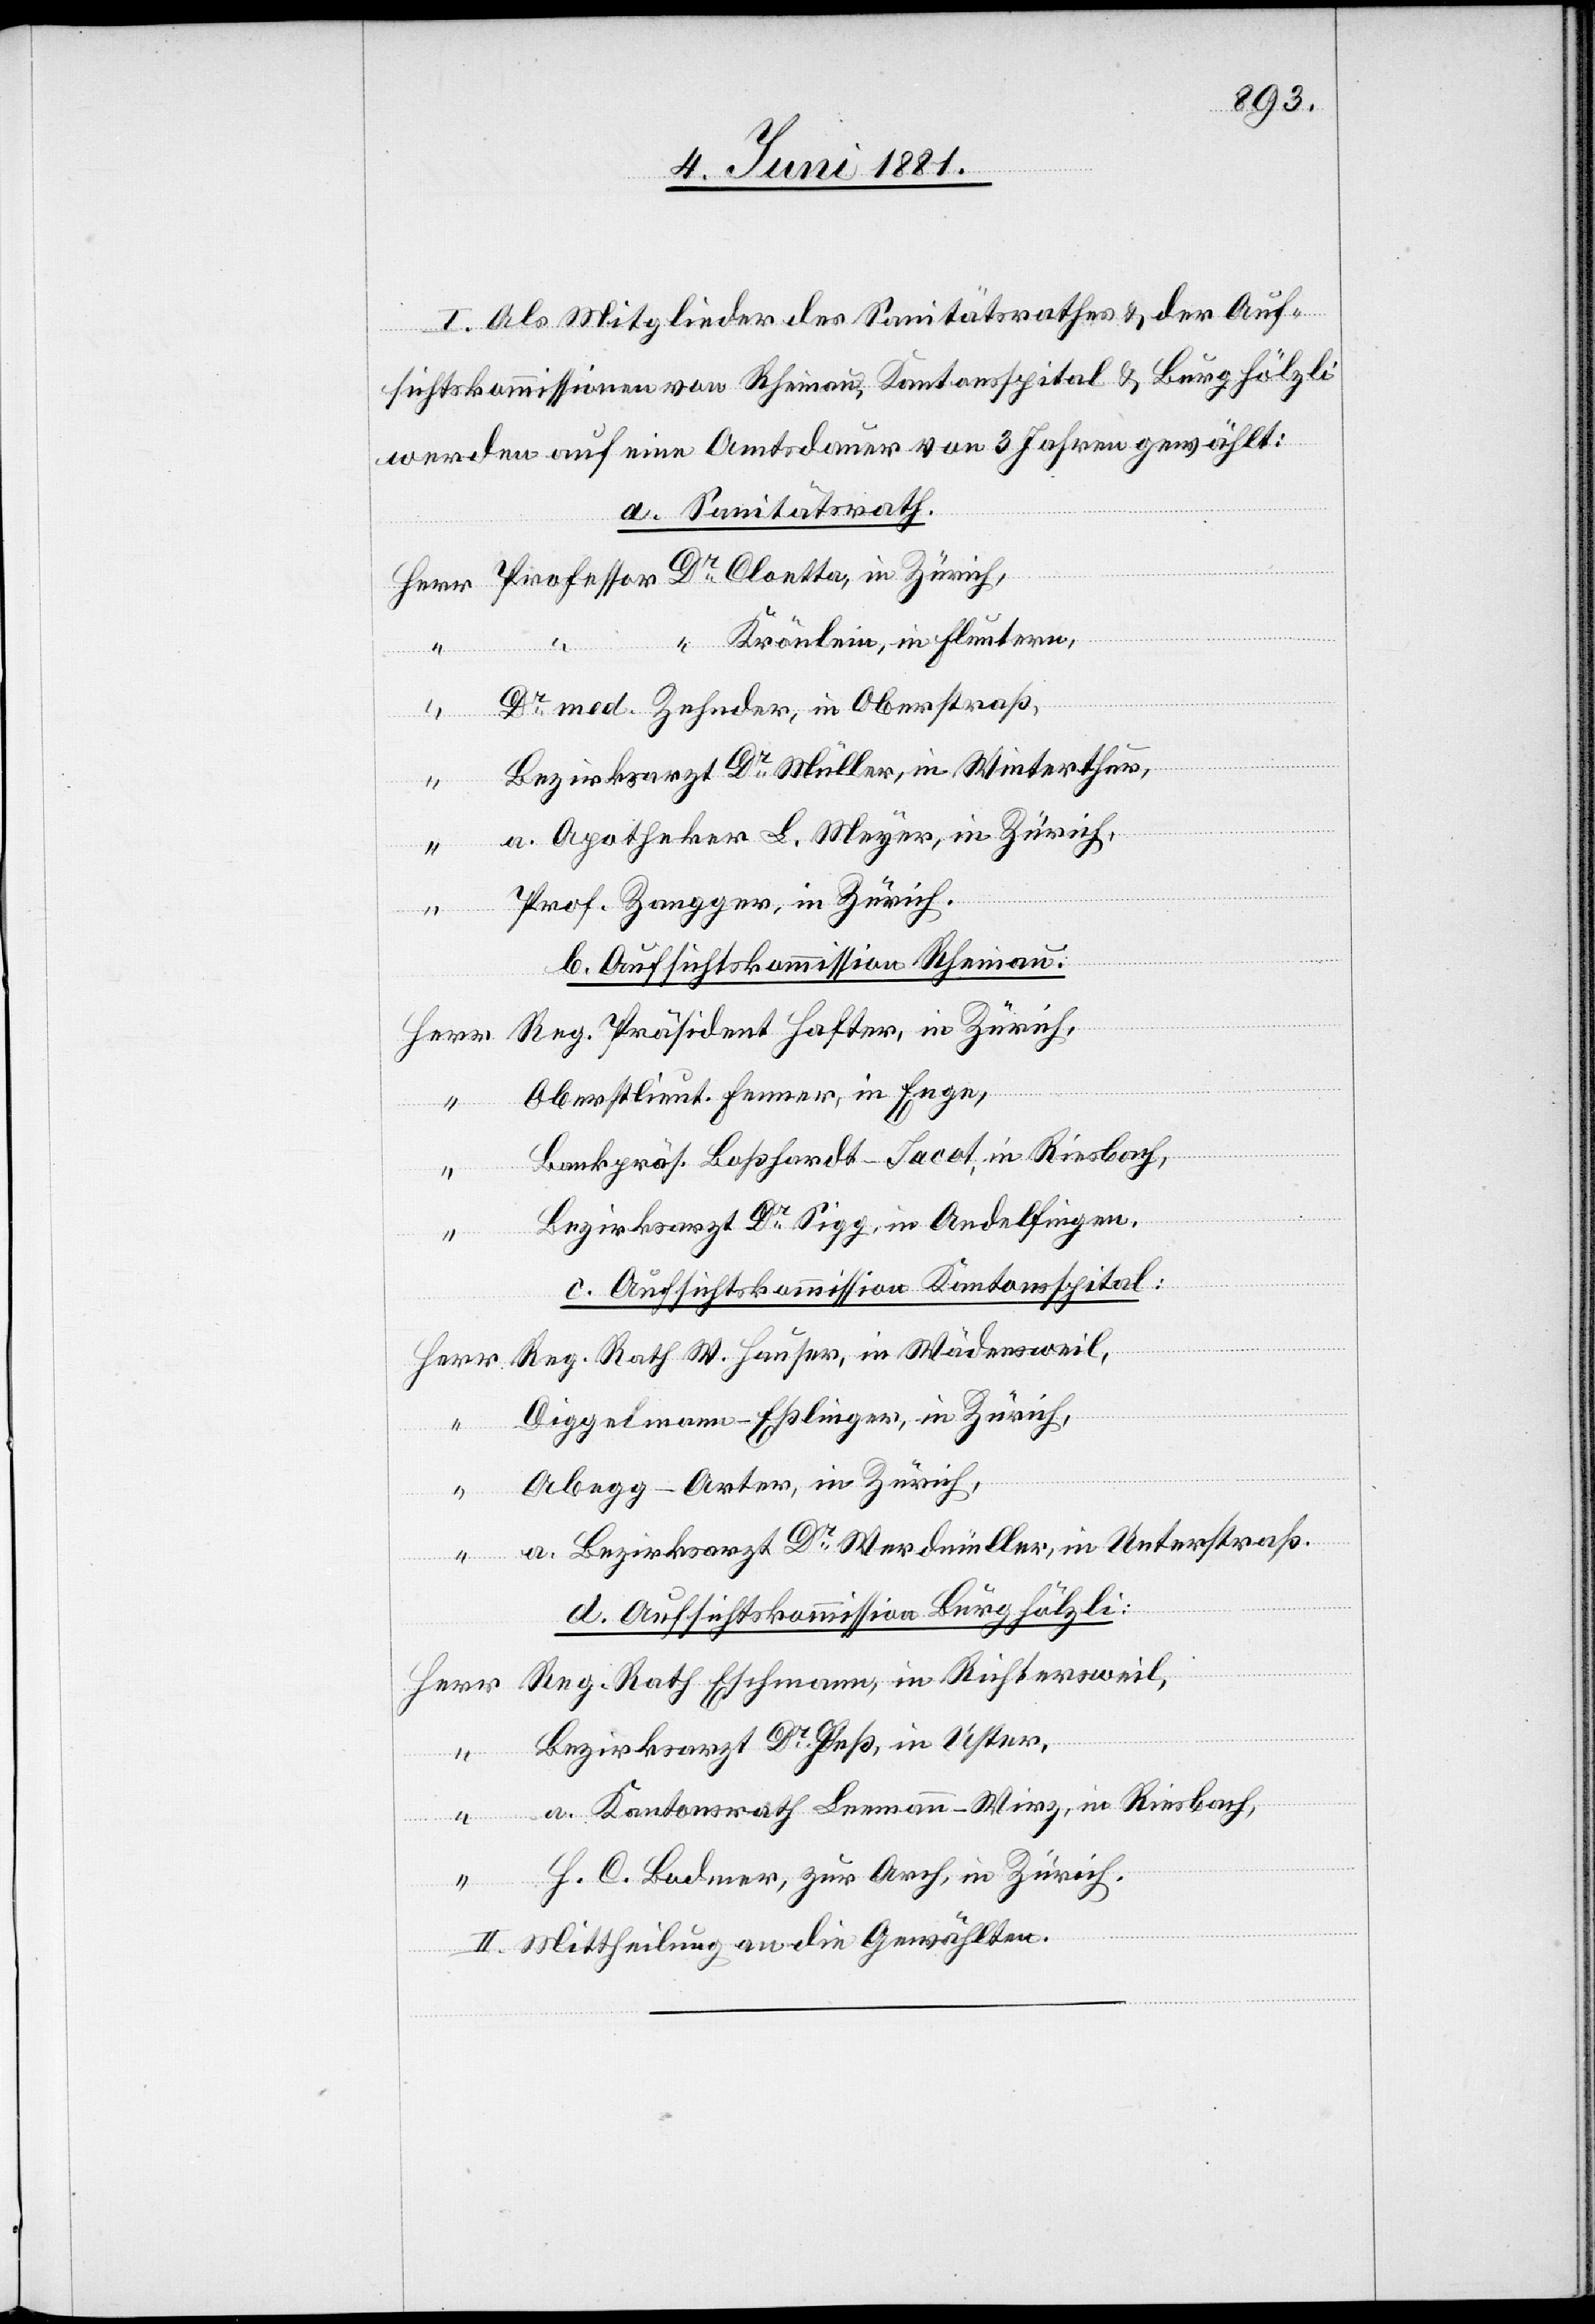
Als Mitglieder des Sanitätsrathes & der Auf¬
sichtskommissionen von Rheinau, Kantonsspital & Burghölzli
werden auf eine Amtsdauer von 3 Jahren gewählt:
a. Sanitätsrath.
Professor Dr Cloetta, in Zürich,
“ Krönlein, in Fluntern
Dr med. Zehnder, in Oberstraß,
Rath Eschmann,
Bezirksarzt Dr Müller, in Winterthur,
“
a. Apotheker L. Meyer, in Zürich,
“
Prof. Zangger, in Zürich.
Richters¬
b. Aufsichtskommission Rheinau.
Oberstlieut. Fenner, in Enge,
Bankpräs. Boßhardt-Sacot, in Riesbach,
“
Bezirksarzt Dr Sigg, in Andelfingen,
c. Aufsichtskommission Kantonsspital:
Diggelmann-Eßlinger, in Zürich,
Wädens¬
Abegg-Arter, in Zürich,
a. Bezirksarzt Dr Werdmüller, in Unterstraß.
d. Aufsichtskommission Burghölzli:
“
Bezirksarzt Dr Heß, in Uster,
a. Kantonsrath Leemann-Wirz, in Riesbach,
weil,
W.
H. C. Bodmer, zur Arch, in Zürich.
II. Mittheilung an die Gewählten.